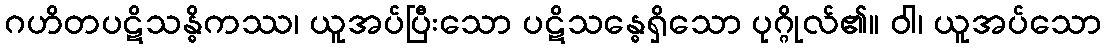
ဂဟိတပဋိသန္ဓိကဿ၊ ယူအပ်ပြီးသော ပဋိသန္ဓေရှိသော ပုဂ္ဂိုလ်၏။ ဝါ၊ ယူအပ်သော